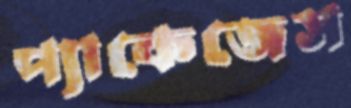
প্যাকেজেস